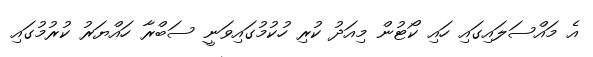
އެ މައްސަލައިގައި ހައި ކޯޓުން މިއަދު ކުރި ހުކުމުގައިވަނީ ސަބްރާ ހައްޔަރު ކުރުމުގައި